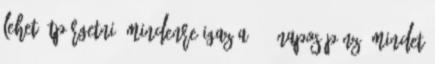
lehet átpörgetni. Mindenre igaz a 180 napos pénz. Mindet